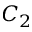
C _ { 2 }